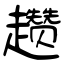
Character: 趱